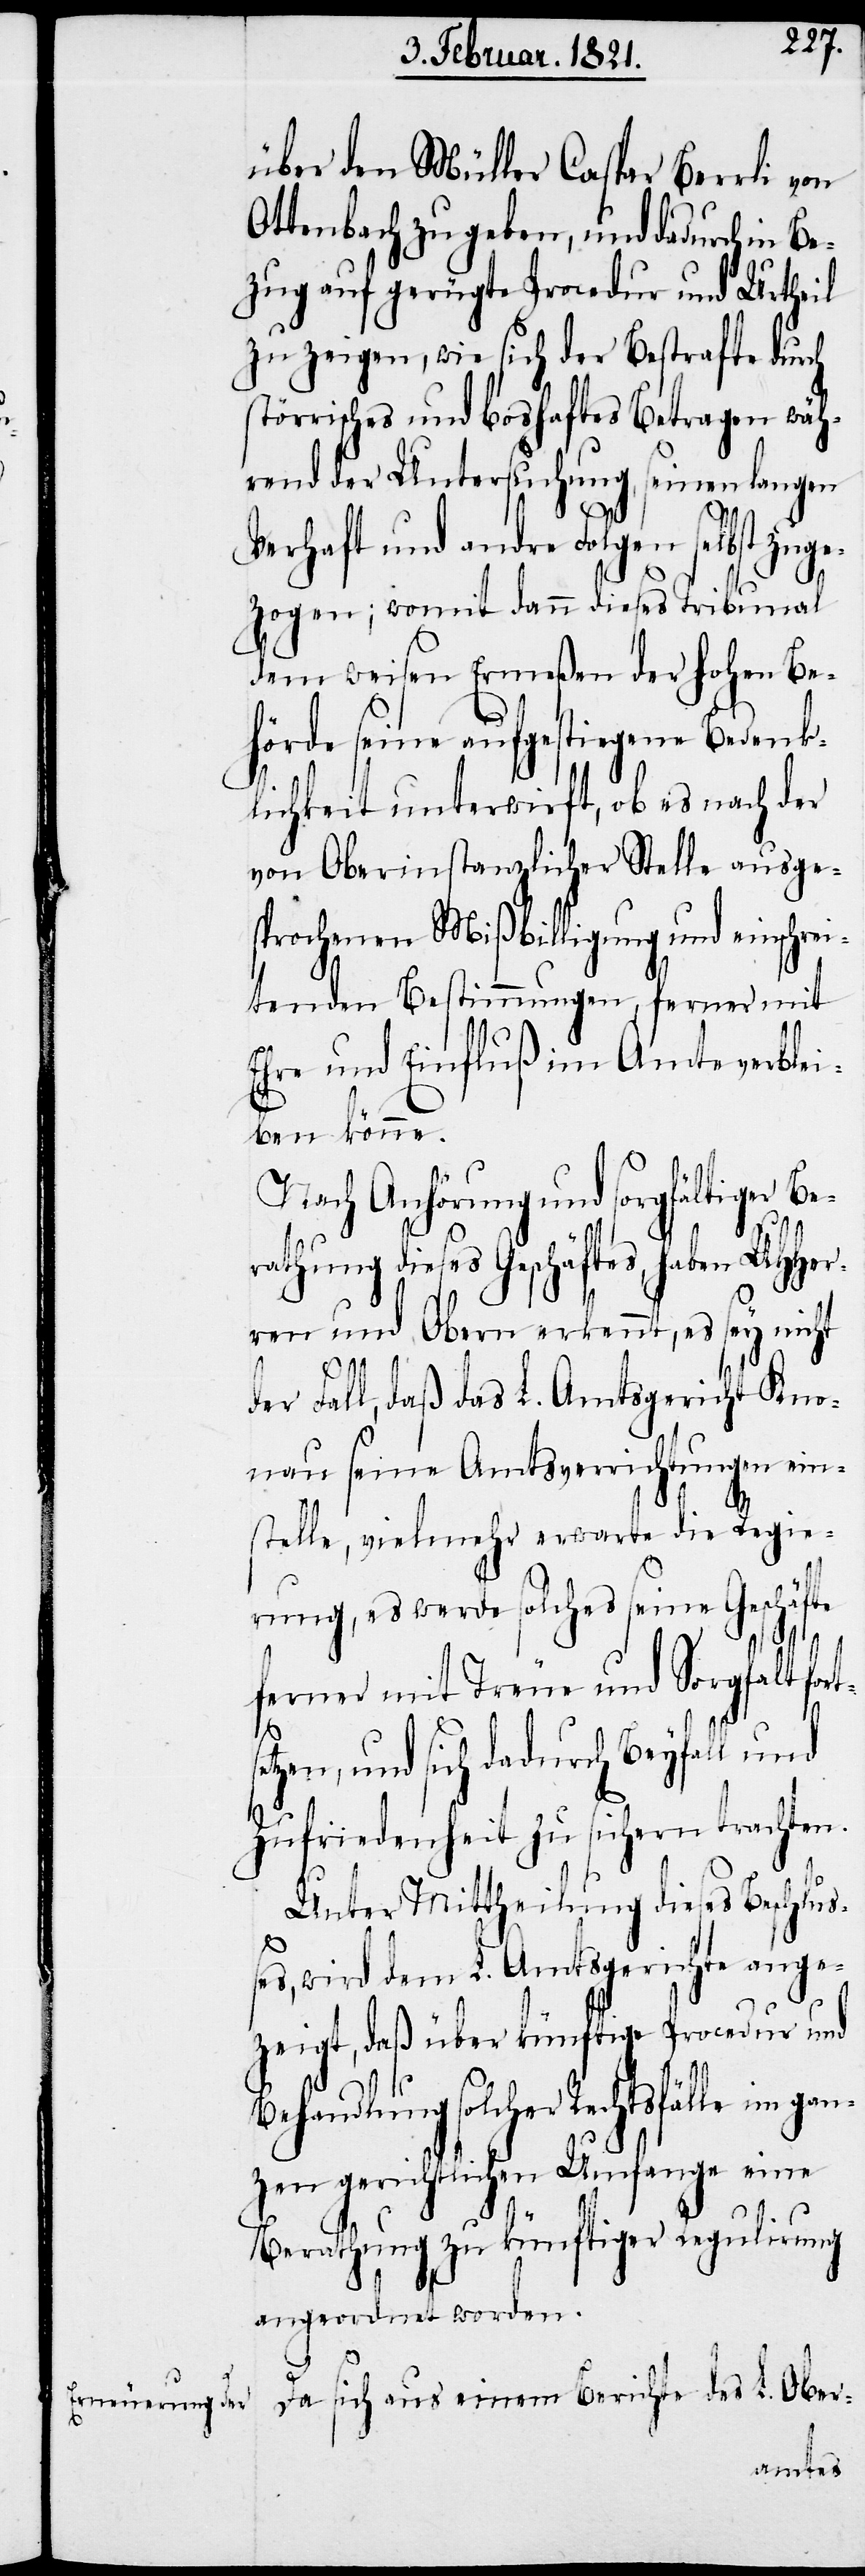
über den Müller Caspar Berrli von
Ottenbach zu geben, und dadurch in Be¬
zug auf gerügte Procedur und Urtheil
zu zeigen, wie sich der Bestrafte durch
störrisches und boshaftes Betragen wäh¬
rend der Untersuchung, seinen langen
Verhaft und andre Folgen selbst zuge¬
zogen; womit dann dieses Tribunal
dem weisen Ermeßen der hohen Be¬
hörde seine aufgestiegene Bedenk¬
lichkeit unterwirft, ob es nach der
von Oberinstanzlicher Stelle ausge¬
sprochenen Mißbilligung und einschrei¬
tenden Bestimmungen, ferner mit
Ehre und Einfluß im Amte verblei¬
ben könne.
Nach Anhörung und sorgfältiger Be¬
rathung dieses Geschäftes haben UHHer¬
ren und Obern erkennt, es sey nicht
der Fall, daß das L. Amtsgericht Kno¬
nau seine Amtsverrichtungen ein¬
stelle, vielmehr erwarte die Regie¬
rung, es werde solches seine Geschäfte
ferner mit Treue und Sorgfalt for¬
etzen, und sich dadurch Beyfall und
Zufriedenheit zu sichern trachten.
ts¬
Unter Mittheilung dieses Beschluß¬
gan¬
es, wird dem L. Amtsgerichte ange¬
zeigt, daß über künftige Procedur und
Behandlung solcher Rechtsfälle im
zen gerichtlichen Umfange eine
Berathung zu künftiger Regulirung
angeordnet worden.
Da sich aus einem Berichte des L. Ober-